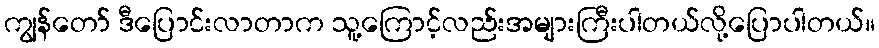
ကျွန်တော် ဒီပြောင်းလာတာက သူ့ကြောင့်လည်းအများကြီးပါတယ်လို့ပြောပါတယ်။